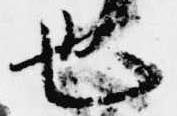
也